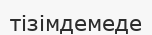
тізімдемеде